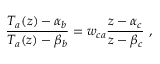
\frac { T _ { a } ( z ) - \alpha _ { b } } { T _ { a } ( z ) - \beta _ { b } } = w _ { c a } \frac { z - \alpha _ { c } } { z - \beta _ { c } } \ ,